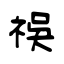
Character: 祦